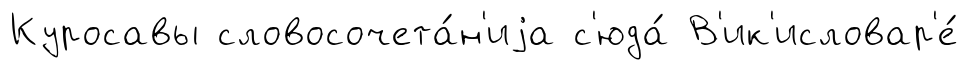
Куросавы словосочета́н'иjа с'юда́ В'ик'исловар'е́